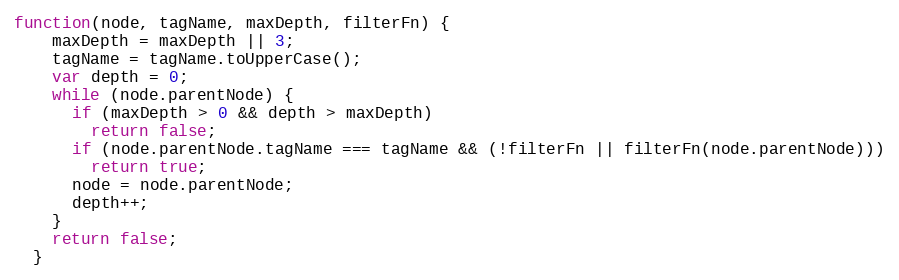
Language: JavaScript
function(node, tagName, maxDepth, filterFn) {
    maxDepth = maxDepth || 3;
    tagName = tagName.toUpperCase();
    var depth = 0;
    while (node.parentNode) {
      if (maxDepth > 0 && depth > maxDepth)
        return false;
      if (node.parentNode.tagName === tagName && (!filterFn || filterFn(node.parentNode)))
        return true;
      node = node.parentNode;
      depth++;
    }
    return false;
  }